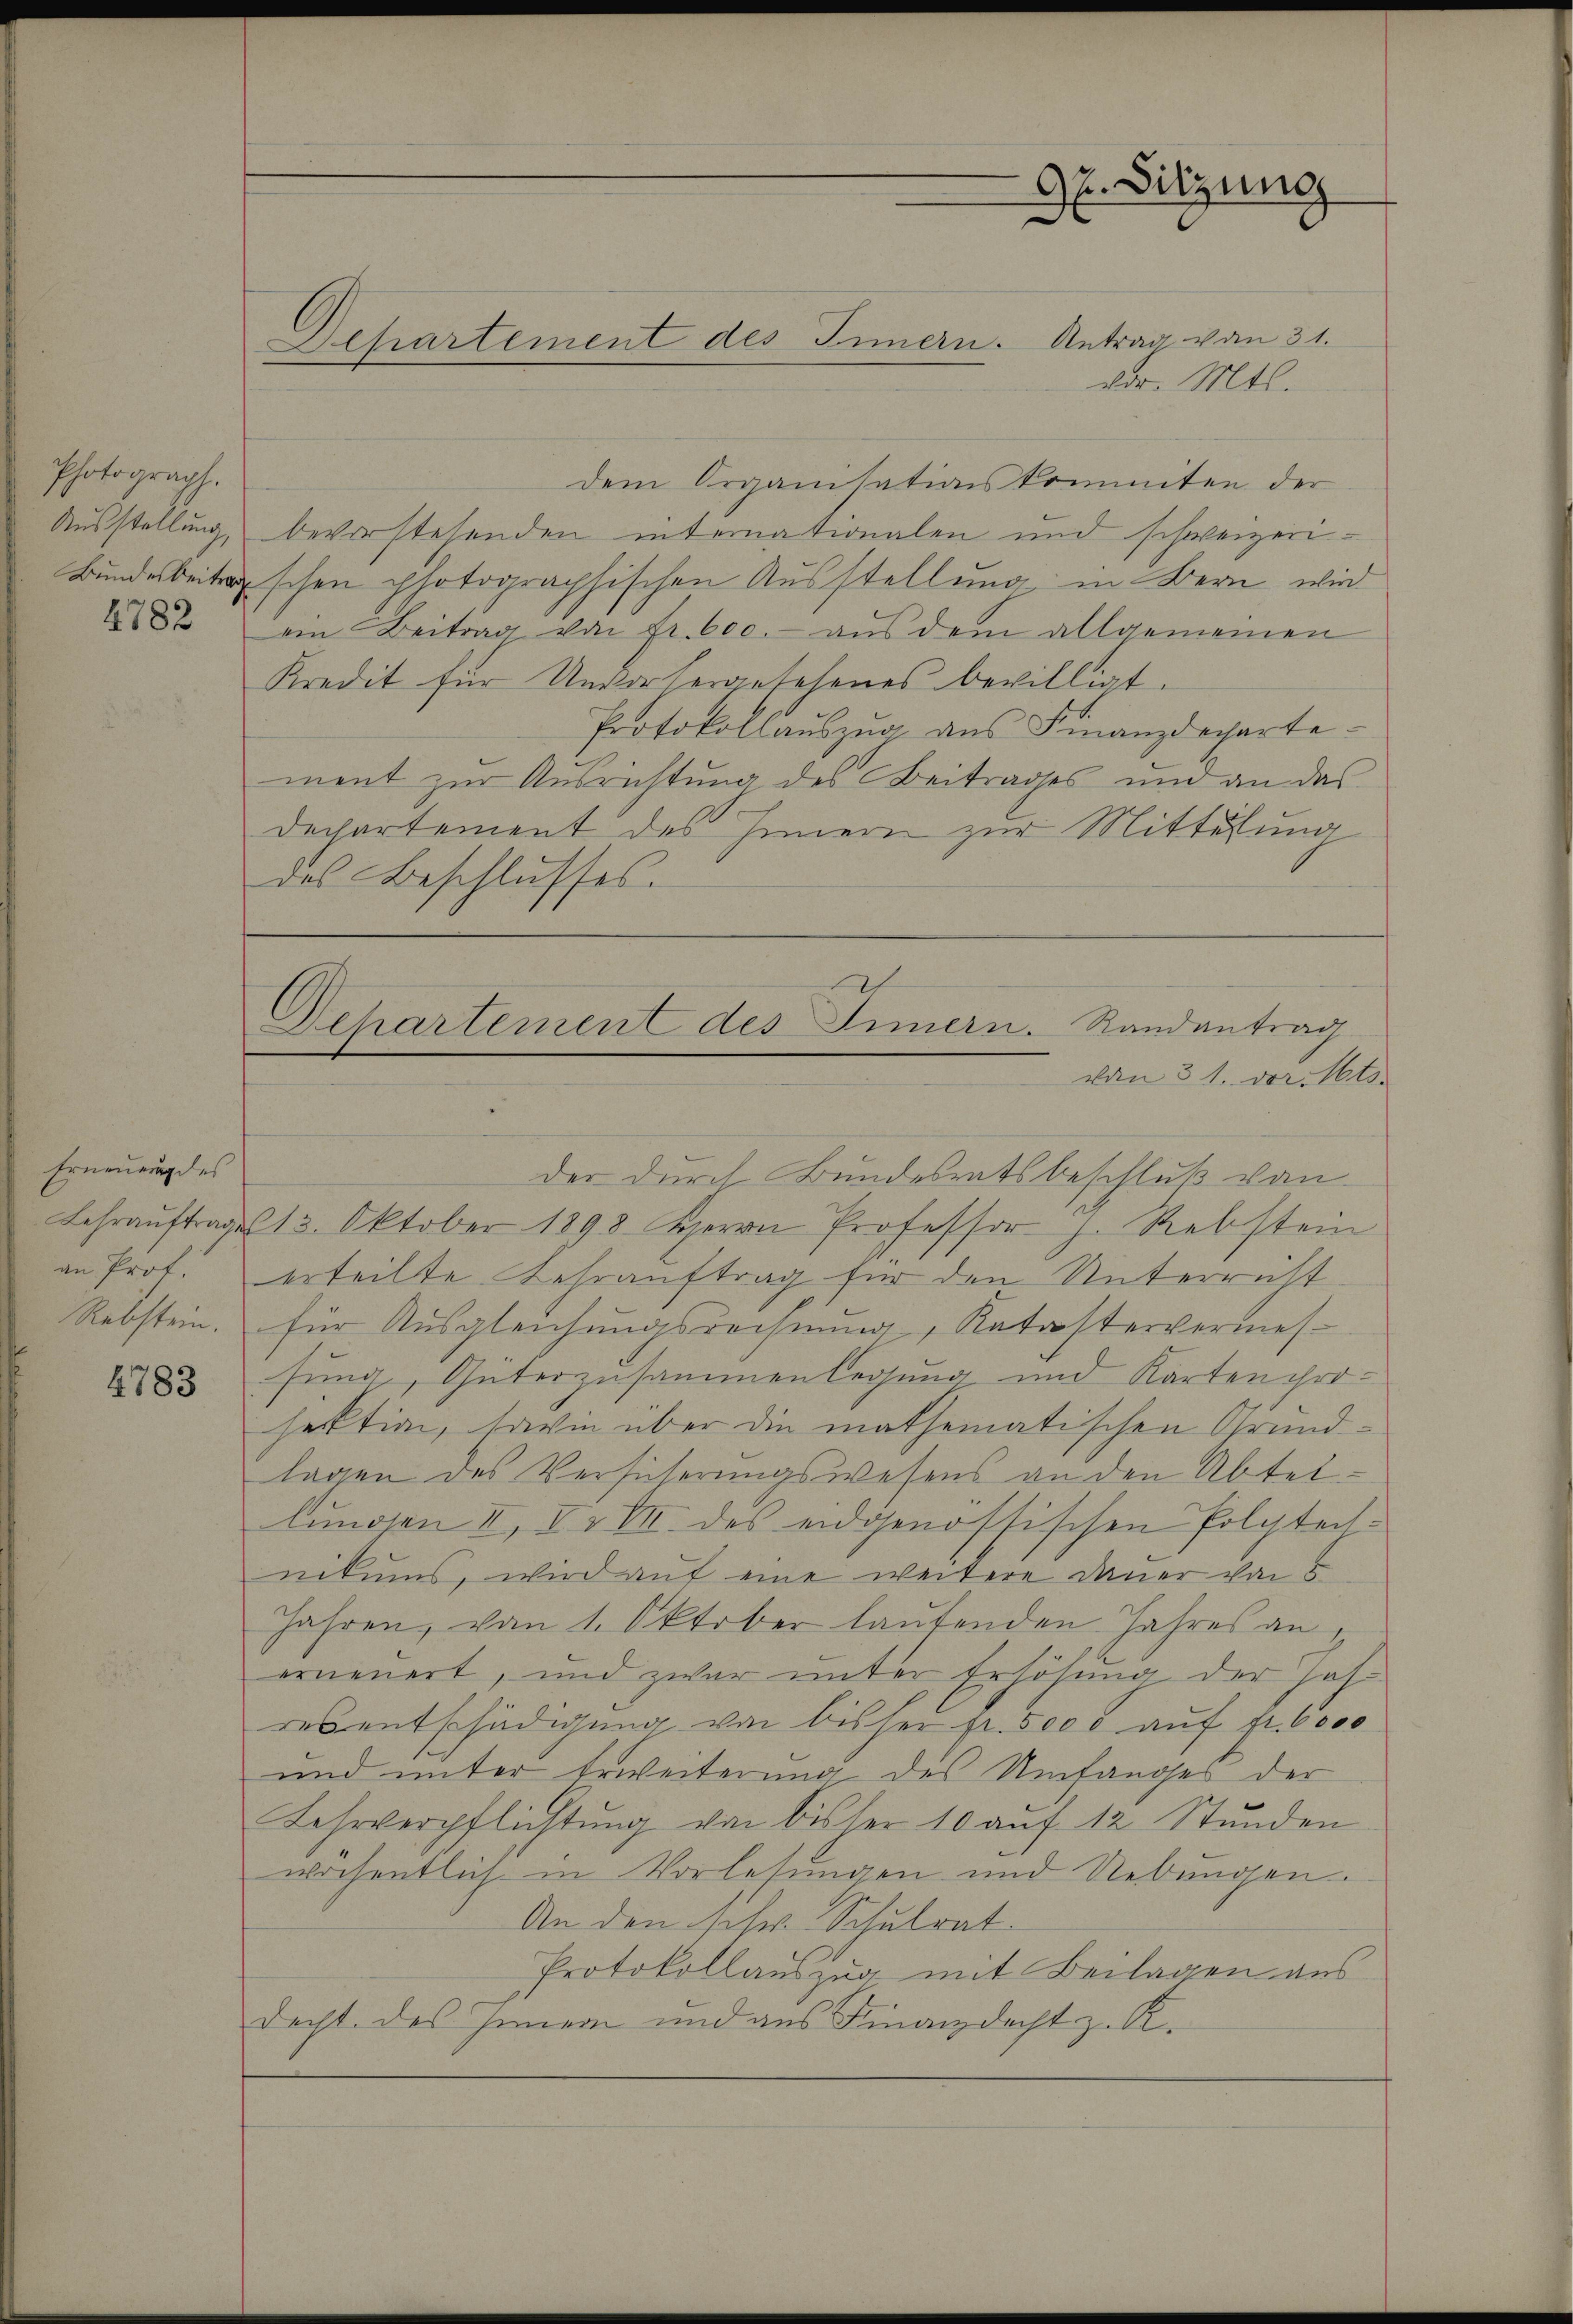
Photograph.
4782

Erneuerung des

4783

dem Organisationskommten der
Ausstellung, bevorstehenden internationalen und schweizeri¬
Bundesbeitschen photographischen Ausstellung in Bern wird
ein Beitrag von Fr. 600. - aus dem allgemeinen
Kredit für Unvorhergelesenes bewilligt.
Protokollauszug aus Finanzdepartement zur Ausrichtung des Beitrages und an das
Dechartement des Innern zur Mittelung
des Beschlusses.

x. Sitzung
Dehartement des Innern. Antrag von 31.
vor. Mts.

Departement des Innern. Randantrag
von 31. der Mts.
der durch Bundesratsbeschluß von

Lehraŭftrages 13. Oktober 1898 Herrn Professor J. Rebstein
an Prof. erteilte Lehrauftrag für den Unterricht
Rebstein, für Ausgleichungsrechnŭng, Katastervermessung, Güterzusammenlegung und Karten projektion, sowie über die mathematischen Grund-
lagen des Versicherungswesens an den Abteilŭngen II, I. u VII. des eidgenössischen Polytech-
nikums, wird auf eine weitere Dauer von
Jahren, vom 1. Oktober lautenden Jahres an,
erneuert, und zwar unter Erhöhung der Jah
resentschädigung von bisser fr. 5000 aŭf fr. 6000
und unter Erweiterung des Umfanges der
Lehrverpflichtung von bisher 10 auf 12 Stunden
wöchentlich in Vorlesungen und Nebungen.
An den sehr Schulrat
Protokollauszug mit Beilagen aus
decht des Innern und aus Finanzdacht z. R.